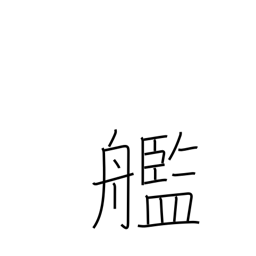
Meaning: warship